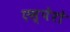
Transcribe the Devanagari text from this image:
एस्पेरो